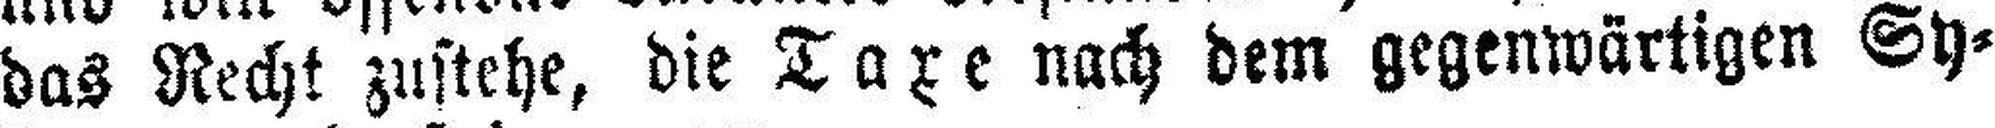
das Recht zustehe, die Taxe nach dem gegenwärtigen Sy¬